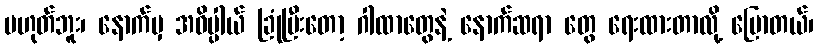
မဟုတ်ဘူး၊ နောက်မှ အဓိပ္ပါယ် ခြုံပြီးတော့ ဂါထာတွေနဲ့ နောက်ဆရာ တွေ ရေးထားတာလို့ ပြောတယ်၊